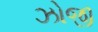
ઝોજી